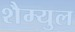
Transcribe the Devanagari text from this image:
शैम्युल